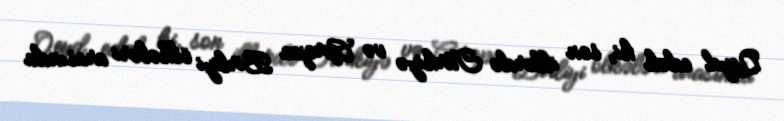
Qeyd edək ki, son illərdə Türkiyə və Avropa Birliyi ölkələri arasında